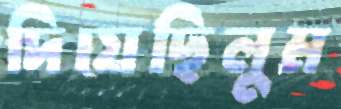
দিয়েছিলুম